Annual administration and progress report of the Indian Medical Department, Bombay
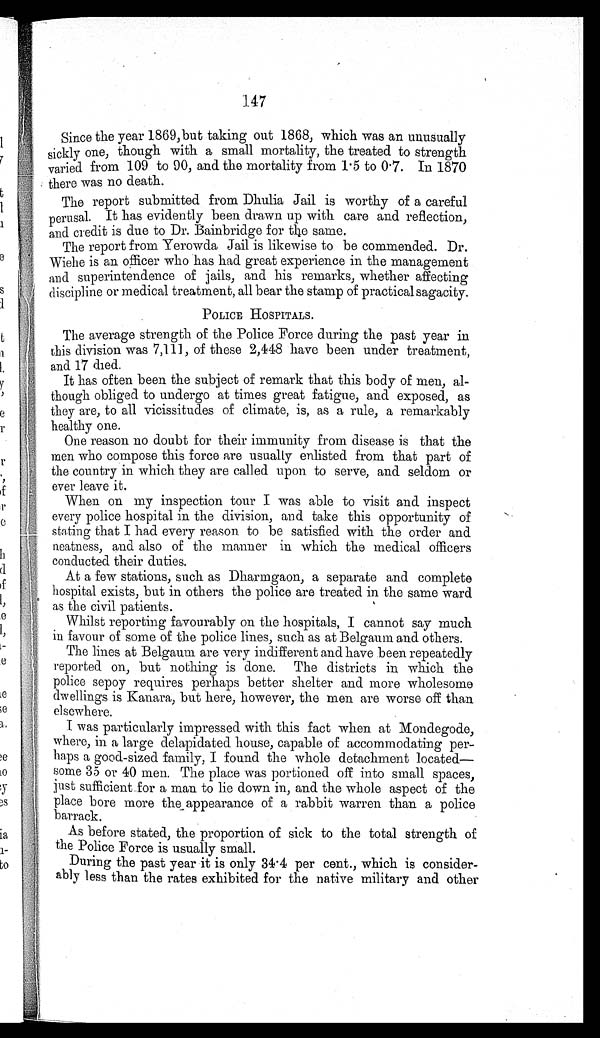
14 7
Since the year 1869,but taking out 1868, which was an unusually
sickly one, though with a small mortality, the treated to strength
varied from 109 to 90, and the mortality from 1 . 5 to 0. 7. In 1870
there was no death.
The report submitted from Dhulia Jail is worthy of a careful
perusal. It has evidently been drawn up with care and reflection,
and credit is due to Dr. Bainbridge for the same.
The report from Yerowda Jail is likewise to be commended. Dr.
Wiehe is an officer who has had great experience in the management
and superintendence of jails, and his remarks, whether affecting
discipline or medical treatment, all bear the stamp of practical sagacity.
POLICE HOSPITALS.
The average strength of the Police Force during the past year in
this division was 7,111, of these 2,448 have been under treatment,
and 17 died.
It has often been the subject of remark that this body of men, al-
though obliged to undergo at times great fatigue, and exposed, as
they are, to all vicissitudes of climate, is, as a rule, a remarkably
healthy one.
One reason no doubt for their immunity from disease is that the
men who compose this force are usually enlisted from that part of
the country in which they are called upon to serve, and seldom or
ever leave it.
When on my inspection tour I was able to visit and inspect
every police hospital in the division, and take this opportunity of
stating that I had every reason to be satisfied with the order and
neatness, and also of the manner in which the medical officers
conducted their duties.
At a few stations, such as Dharmgaon, a separate and complete
hospital exists, but in others the police are treated in the same ward
as the civil patients.
Whilst reporting favourably on the hospitals, I cannot say much
in favour of some of the police lines, such as at Belgaum and others.
The lines at Belgaum are very indifferent and have been repeatedly
reported on, but nothing is done. The districts in which the
police sepoy requires perhaps better shelter and more wholesome
dwellings is Kanara, but here, however, the men are worse off than
elsewhere.
I was particularly impressed with this fact when at Mondegode,
where, in a large delapidated house, capable of accommodating per-
haps a good-sized family, I found the whole detachment located
some 35 or 40 men. The place was portioned off into small spaces,
just sufficient for a man to lie down in, and the whole aspect of the
place bore more the appearance of a rabbit warren than a police
barrack.
As before stated, the proportion of sick to the total strength of
the Police Force is usually small.
During the past year it is only 34 . 4 percent., which is consider
- ably less than the rates exhibited for the native military and other